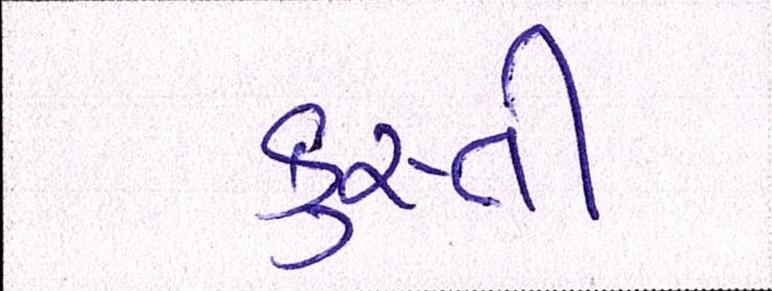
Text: કુશ્તી